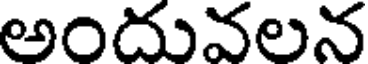
అందువలన